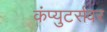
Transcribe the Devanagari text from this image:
कंप्युटर्सवर